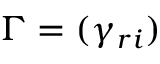
{ \boldsymbol { \Gamma } } = ( \gamma _ { r i } )